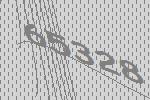
65328